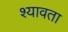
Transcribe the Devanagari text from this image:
श्यावता